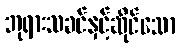
ဘုရားသခင်နှင့်ဆိုင်သော